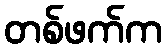
တစ်ဖက်က